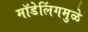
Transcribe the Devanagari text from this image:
मॉडेलिंगमुळे